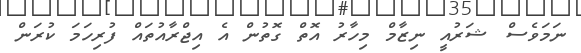
ނަމަވެސް ޝަރުއީ ނިޒާމް މިހާރު އޮތް ގޮތުން އެ އިޖްރާއުތައް ފުރިހަމަ ކުރަން